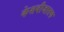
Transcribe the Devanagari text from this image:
केशबीजातक